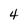
Character: 4